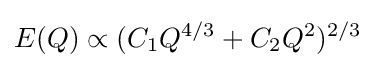
E(Q)\propto (C_{1}Q^{4/3}+C_{2}Q^{2})^{2/3}